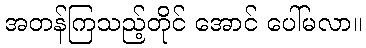
အတန်ကြသည့်တိုင် အောင် ပေါ်မလာ။